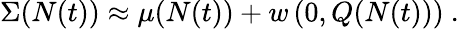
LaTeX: \begin{array}{r}{\Sigma(N(t))\approx\mu(N(t))+w\left(0,Q(N(t))\right)\ .}\end{array}